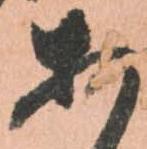
あ